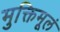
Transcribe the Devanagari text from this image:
मुक्तिमूलं